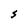
Character: S